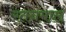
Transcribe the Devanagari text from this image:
रतनमाल